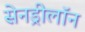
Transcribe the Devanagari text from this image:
सेनड्रीलॉन